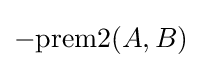
-\mathrm {prem2} (A,B)